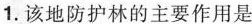
1.该地防护林的主要作用是